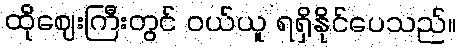
ထိုဈေးကြီးတွင် ဝယ်ယူ ရရှိနိုင်ပေသည်။